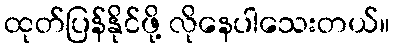
ထုတ်ပြန်နိုင်ဖို့ လိုနေပါသေးတယ်။